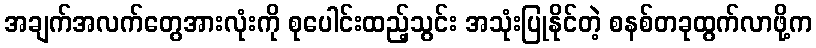
အချက်အလက်တွေအားလုံးကို စုပေါင်းထည့်သွင်း အသုံးပြုနိုင်တဲ့ စနစ်တခုထွက်လာဖို့က